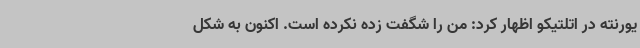
یورنته در اتلتیکو اظهار کرد: من را شگفت زده نکرده است. اکنون به شکل